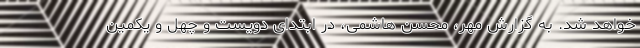
خواهد شد. به گزارش مهر، محسن هاشمی، در ابتدای دویست و چهل و یکمین